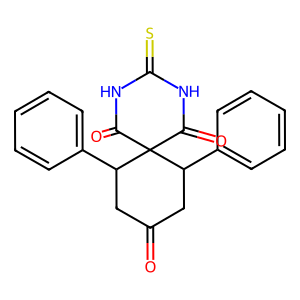
SMILES: O=C1CC(c2ccccc2)C2(C(=O)NC(=S)NC2=O)C(c2ccccc2)C1
Inhibits HIV replication: No